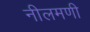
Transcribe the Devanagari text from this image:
नीलमणी